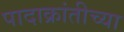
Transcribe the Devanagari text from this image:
पादाक्रांतीच्या